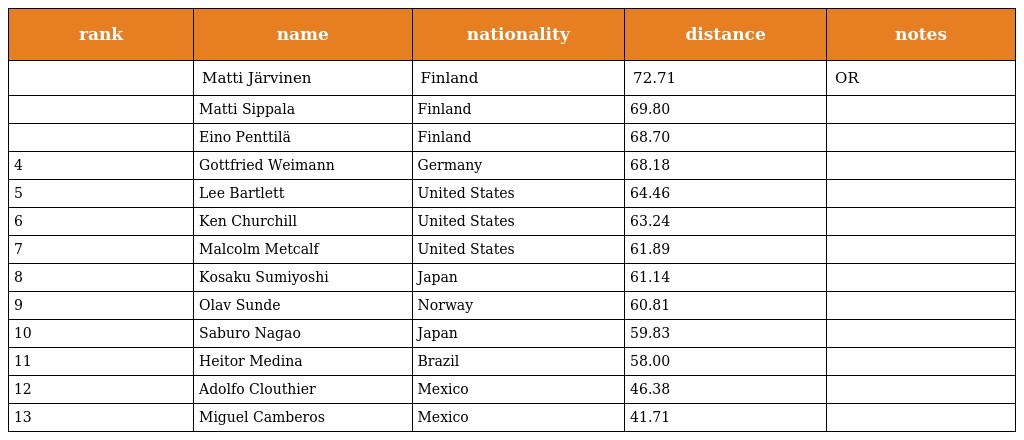
| rank | name | nationality | distance | notes |
 | --- | --- | --- | --- | --- |
 |  | Matti Järvinen | Finland | 72.71 | OR |
 |  | Matti Sippala | Finland | 69.80 |  |
 |  | Eino Penttilä | Finland | 68.70 |  |
 | 4 | Gottfried Weimann | Germany | 68.18 |  |
 | 5 | Lee Bartlett | United States | 64.46 |  |
 | 6 | Ken Churchill | United States | 63.24 |  |
 | 7 | Malcolm Metcalf | United States | 61.89 |  |
 | 8 | Kosaku Sumiyoshi | Japan | 61.14 |  |
 | 9 | Olav Sunde | Norway | 60.81 |  |
 | 10 | Saburo Nagao | Japan | 59.83 |  |
 | 11 | Heitor Medina | Brazil | 58.00 |  |
 | 12 | Adolfo Clouthier | Mexico | 46.38 |  |
 | 13 | Miguel Camberos | Mexico | 41.71 |  |